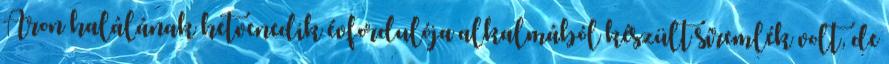
Áron halálának hetvenedik évfordulója alkalmából készült síremlék volt, de